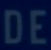
DE